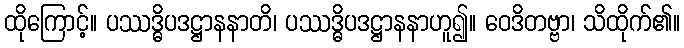
ထိုကြောင့်။ ပဿဒ္ဓိပဒဋ္ဌာနနာတိ၊ ပဿဒ္ဓိပဒဋ္ဌာနနာဟူ၍။ ဝေဒိတဗ္ဗာ၊ သိထိုက်၏။